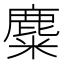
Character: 麋